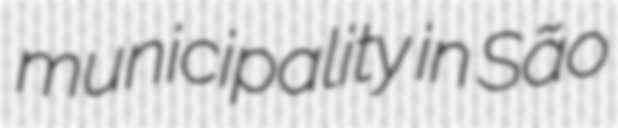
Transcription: municipality in São